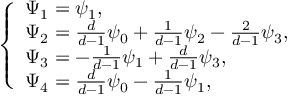
\left\{ \begin{array} { l l } { \Psi _ { 1 } = \psi _ { 1 } , } \\ { \Psi _ { 2 } = \frac { d } { d - 1 } \psi _ { 0 } + \frac { 1 } { d - 1 } \psi _ { 2 } - \frac { 2 } { d - 1 } \psi _ { 3 } , } \\ { \Psi _ { 3 } = - \frac { 1 } { d - 1 } \psi _ { 1 } + \frac { d } { d - 1 } \psi _ { 3 } , } \\ { \Psi _ { 4 } = \frac { d } { d - 1 } \psi _ { 0 } - \frac { 1 } { d - 1 } \psi _ { 1 } , } \end{array} \right.